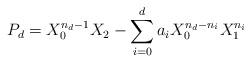
LaTeX: \begin{align*}P_d = X_0^{n_d-1}X_2 - \sum_{i=0}^d a_i X_0^{n_d-n_i}X_1^{n_i} \end{align*}